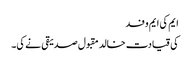
ایم کی ایم وفد
کی قیادت خالد مقبول صدیقی نے کی۔